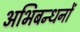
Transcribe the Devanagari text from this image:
अभिबन्धनों